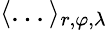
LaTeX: \langle...\rangle_{r,\varphi,\lambda}